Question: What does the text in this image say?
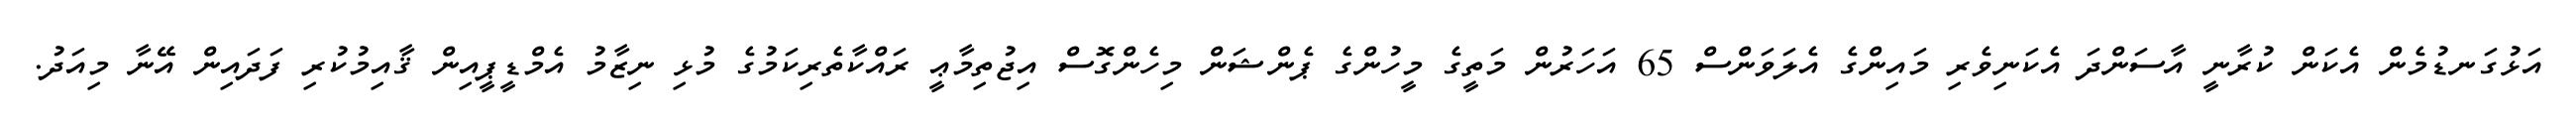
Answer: އަޅުގަނޑުމެން އެކަން ކުރާނީ އާސަންދަ އެކަނިވެރި މައިންގެ އެލަވަންސް 65 އަހަރުން މަތީގެ މީހުންގެ ޕެންޝަން މިހެންގޮސް އިޖުތިމާޢީ ރައްކާތެރިކަމުގެ މުޅި ނިޒާމު އެމްޑީޕީއިން ޤާއިމުކުރި ފަދައިން އޭނާ މިއަދު.